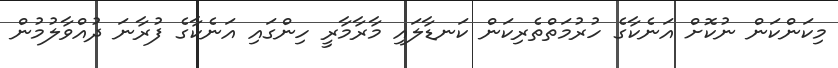
މިކަންކަން ނުކޮށް އަނެކާގެ ހުރުމަތްތެރިކަން ކަނޑާލައި މާރާމާރީ ހިންގައި އަނެކާގެ ފުރާނަ ދުއްވާލުމުން